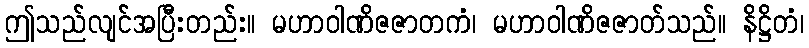
ဤသည်လျင်အပြီးတည်း။ မဟာဝါဏိဇဇာတကံ၊ မဟာဝါဏိဇဇာတ်သည်။ နိဋ္ဌိတံ၊